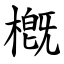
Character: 槪